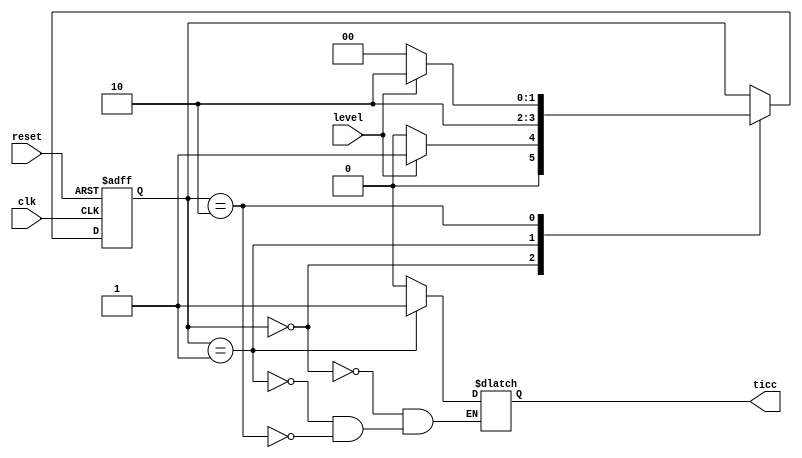
module edge_moore
(
    input wire clk, reset, level,
    output reg ticc
);
//params
localparam ZERO = 2'b00, EDGE = 2'b01, ONE = 2'b10;

//signal decl
reg [1:0] r_contents, r_next;

//state reg
always @(posedge clk or posedge reset)
    begin
        if(reset) r_contents <= 0;
        else r_contents <= r_next;
    end

//next state and output logic
always @(*)
        case(r_contents)
        ZERO :
            begin
                ticc = 1'b0;
                if(level)
                    r_next = EDGE;
                else 
                    r_next = ZERO;
            end
        EDGE :
            begin
                r_next = ONE;
                ticc = 1'b1;
            end
        ONE :
            begin
                ticc = 1'b0;
                if(level)
                    r_next = ONE;
                else 
                    r_next = ZERO;
            end
        default : r_next = r_contents;
        endcase

endmodule